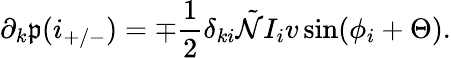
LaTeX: \partial_{k}\mathfrak{p}(i_{+/-})=\mp\frac{{1}}{{2}}\delta_{ki}\tilde{{\mathcal{{N}}}}I_{i}v\sin(\phi_{i}+\Theta).